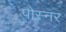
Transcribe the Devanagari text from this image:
पोस्‍नर